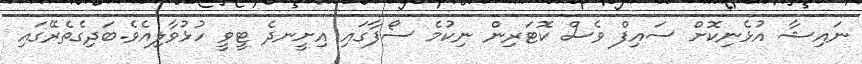
ނައިޝާ އުޅެނިކޮށް ސައިފް ވެސް ކޮޓަރިން ނިކުމެ ސޯފާގައި އިށީނދެ ޓީވީ ހުޅުވާލިއެވެ.ބަދިގެތެރޭގައި